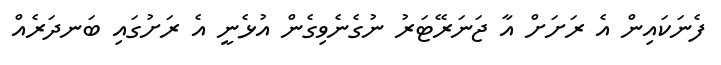
ފެނަކައިން އެ ރަށަށް އާ ޖަނަރޭޓަރު ނުގެނެވިގެން އުޅެނީ އެ ރަށުގައި ބަނދަރެއް